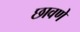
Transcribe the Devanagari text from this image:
छावणे